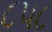
૮૫૮